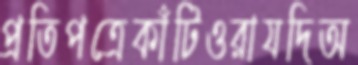
প্রতিপত্রেকাঁটিওরাযদিঅ